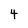
Character: 4